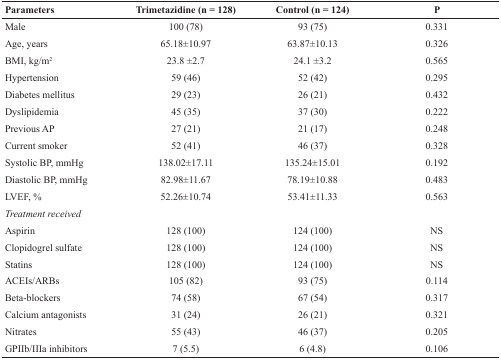
| Parameters | Trimetazidine (n = 128) | Control (n = 124) | P |
 | --- | --- | --- | --- |
 | Male | 100 (78) | 93 (75) | 0.331 |
 | Age, years | 65.18±10.97 | 63.87±10.13 | 0.326 |
 | BMI, kg/m2 | 23.8 ±2.7 | 24.1 ±3.2 | 0.565 |
 | Hypertension | 59 (46) | 52 (42) | 0.295 |
 | Diabetes mellitus | 29 (23) | 26 (21) | 0.432 |
 | Dyslipidemia | 45 (35) | 37 (30) | 0.222 |
 | Previous AP | 27 (21) | 21 (17) | 0.248 |
 | Current smoker | 52 (41) | 46 (37) | 0.328 |
 | Systolic BP, mmHg | 138.02±17.11 | 135.24±15.01 | 0.192 |
 | Diastolic BP, mmHg | 82.98±11.67 | 78.19±10.88 | 0.483 |
 | LVEF, % | 52.26±10.74 | 53.41±11.33 | 0.563 |
 | Treatment received |  |  |  |
 | Aspirin | 128 (100) | 124 (100) | NS |
 | Clopidogrel sulfate | 128 (100) | 124 (100) | NS |
 | Statins | 128 (100) | 124 (100) | NS |
 | ACEIs/ARBs | 105 (82) | 93 (75) | 0.114 |
 | Beta-blockers | 74 (58) | 67 (54) | 0.317 |
 | Calcium antagonists | 31 (24) | 26 (21) | 0.321 |
 | Nitrates | 55 (43) | 46 (37) | 0.205 |
 | GPIIb/IIIa inhibitors | 7 (5.5) | 6 (4.8) | 0.106 |